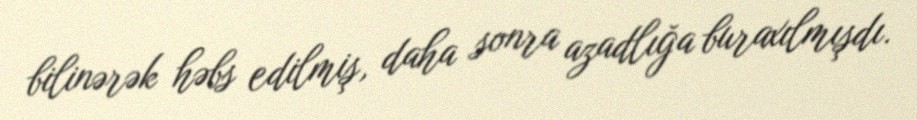
bilinərək həbs edilmiş, daha sonra azadlığa buraxılmışdı.